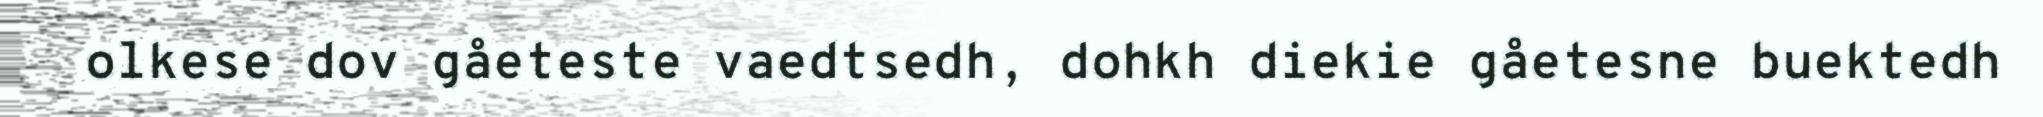
olkese dov gåeteste vaedtsedh, dohkh diekie gåetesne buektedh